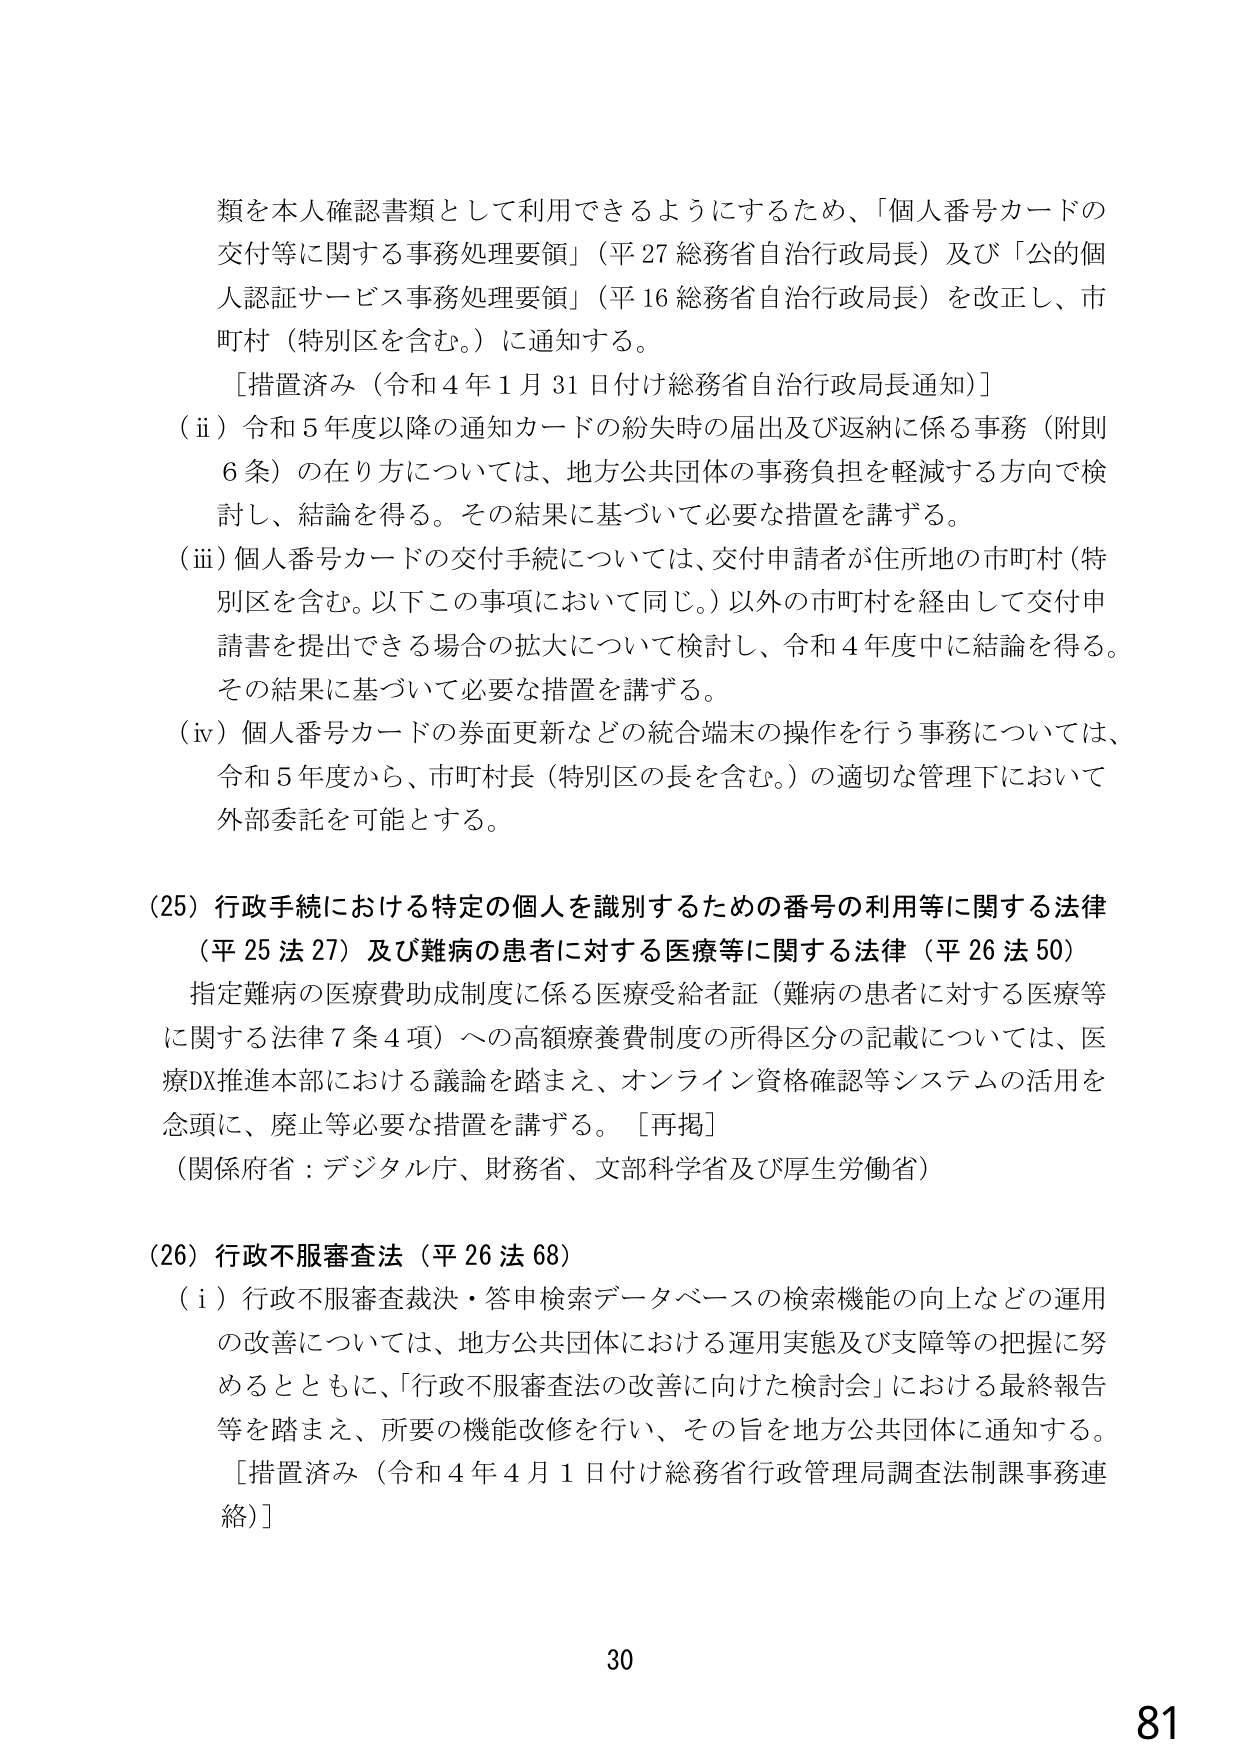
類を本人確認書類として利用できるようにするため、「個人番号カードの交付等に関する事務処理要領」（平27 総務省自治行政局長）及び「公的個人認証サービス事務処理要領」（平16 総務省自治行政局長）を改正し、市町村（特別区を含む。）に通知する。

［措置済み（令和4年1月31日付け総務省自治行政局長通知）］

（ii）令和5年度以降の通知カードの紛失時の届出及び返納に係る事務（附則6条）の在り方については、地方公共団体の事務負担を軽減する方向で検討し、結論を得る。その結果に基づいて必要な措置を講ずる。

（iii）個人番号カードの交付手続については、交付申請者が住所地の市町村（特別区を含む。以下この事項において同じ。）以外の市町村を経由して交付申請書を提出できる場合の拡大について検討し、令和4年度中に結論を得る。その結果に基づいて必要な措置を講ずる。

（iv）個人番号カードの券面更新などの統合端末の操作を行う事務については、令和5年度から、市町村長（特別区の長を含む。）の適切な管理下において外部委託を可能とする。

（25）行政手続における特定の個人を識別するための番号の利用等に関する法律（平25法27）及び難病の患者に対する医療等に関する法律（平26法50）

指定難病の医療費助成制度に係る医療受給者証（難病の患者に対する医療等に関する法律7条4項）への高額療養費制度の所得区分の記載については、医療DX推進本部における議論を踏まえ、オンライン資格確認等システムの活用を念頭に、廃止等必要な措置を講ずる。［再掲］

（関係府省：デジタル庁、財務省、文部科学省及び厚生労働省）

（26）行政不服審査法（平26法68）

（i）行政不服審査裁決・答申検索データベースの検索機能の向上などの運用の改善については、地方公共団体における運用実態及び支援等の把握に努めるとともに、「行政不服審査法の改善に向けた検討会」における最終報告等を踏まえ、所要の機能改修を行い、その旨を地方公共団体に通知する。

［措置済み（令和4年4月1日付け総務省行政管理局調査法制課事務連絡）］

30

81